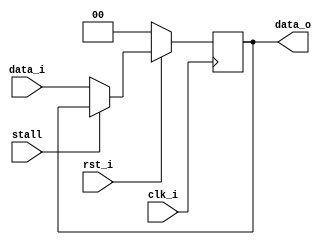
`timescale 1ns / 1ps
//Subject:     CO project 4 - Pipe Register
//--------------------------------------------------------------------------------
//Version:     1
//--------------------------------------------------------------------------------
//Writer:      109550104
//----------------------------------------------
//Date:        
//----------------------------------------------
//Description: 
//--------------------------------------------------------------------------------
module Pipe_Reg(
    clk_i,
    rst_i,
    data_i,
    data_o,
    stall
    );
					
parameter size = 0;

input   clk_i;		  
input   rst_i;
input   stall;
input   [size-1:0] data_i;
output reg  [size-1:0] data_o;
	  
always@(posedge clk_i) begin
    if(~rst_i)
        data_o <= 0;
    else if(~stall)
        data_o <= data_i;
end

endmodule